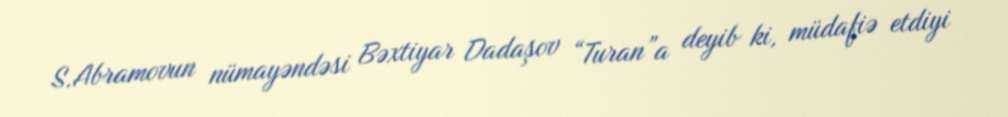
S.Abramovun nümayəndəsi Bəxtiyar Dadaşov “Turan”a deyib ki, müdafiə etdiyi